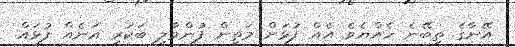
އޭނާގެ ތިބޭނެ ހެއްޔެވެ އެއް ފުޅަށް މަތިން ފުންމާލި ބަކަރި އަނެއް ފުޅައް